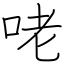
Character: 咾